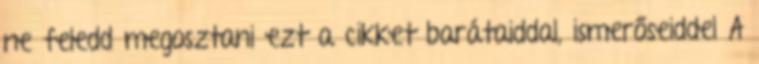
ne feledd megosztani ezt a cikket barátaiddal, ismerőseiddel A